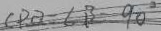
C P a \angle B 9 0 ^ { \circ }